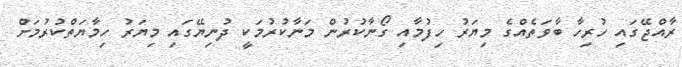
ރާއްޖޭގައި ހުރިހާ ބާވަތެއްގެ މިޔަރު ހިފުމާއި ގޯނާކުރުން މަނާކުރުމަކީ ދުނިޔޭގައި މިޔަރު ހިމާޔަތްކުރުމަށް